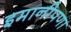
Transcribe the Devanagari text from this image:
इमानीपणा